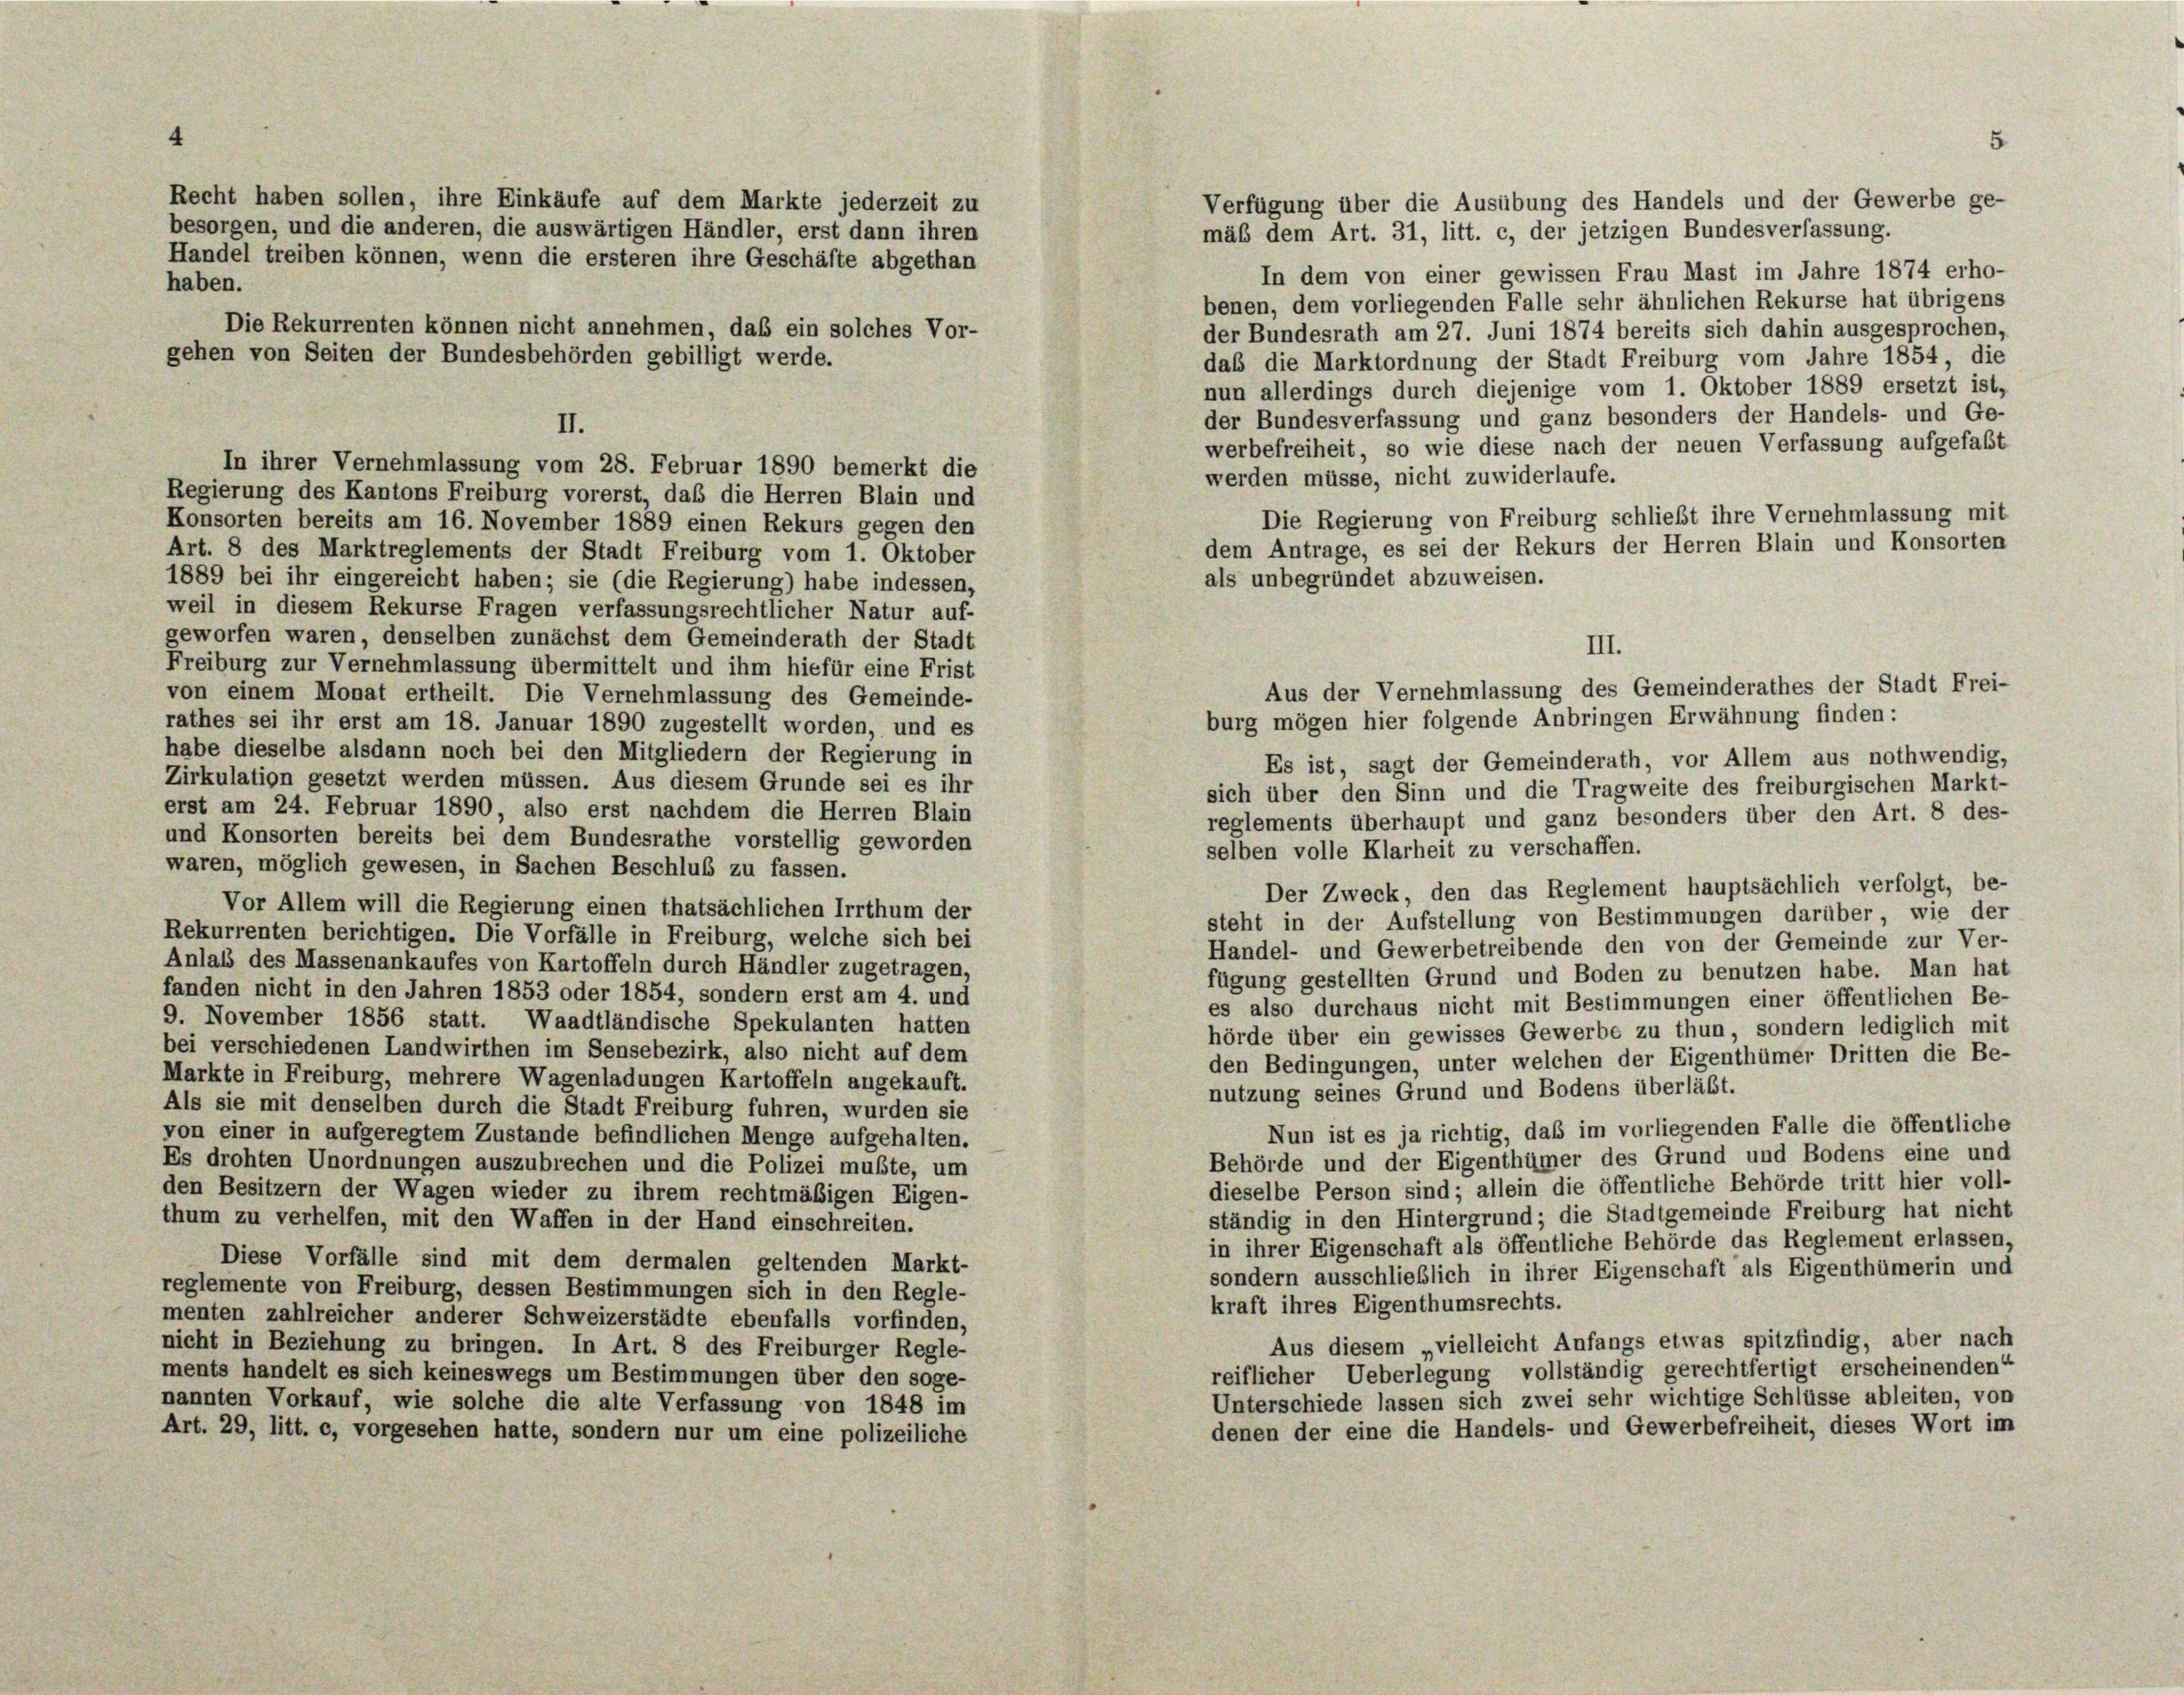
Verfügung über die Ausübung des Handels und der Gewerbe ge-
mäß dem Art. 31, litt. c, der jetzigen Bundesverfassung.
In dem von einer gewissen Frau Mast im Jahre 1874 erho-
benen, dem vorliegenden Falle sehr ähnlichen Rekurse hat übrigens
der Bundesrath am 27. Juni 1874 bereits sich dahin ausgesprochen,
daß die Marktordnung der Stadt Freiburg vom Jahre 1854, die
nun allerdings durch diejenige vom 1. Oktober 1889 ersetzt ist,
der Bundesverfassung und ganz besonders der Handels- und Ge-
II.
werbefreiheit, so wie diese nach der neuen Verfassung aufgefaßt
In ihrer Vernehmlassung vom 28. Februar 1890 bemerkt die
werden müsse, nicht zuwiderlaufe.
Regierung des Kantons Freiburg vorerst, daß die Herren Blain und
Die Regierung von Freiburg schließt ihre Vernehmlassung mit
Konsorten bereits am 16. November 1889 einen Rekurs gegen den
dem Antrage, es sei der Rekurs der Herren Blain und Konsorten
Art. 8 des Marktreglements der Stadt Freiburg vom 1. Oktober
als unbegründet abzuweisen.
1889 bei ihr eingereicht haben; sie (die Regierung) habe indessen,
weil in diesem Rekurse Fragen verfassungsrechtlicher Natur auf-
geworfen waren, denselben zunächst dem Gemeinderath der Stadt
Freiburg zur Vernehmlassung übermittelt und ihm hiefür eine Frist
von einem Monat ertheilt. Die Vernehmlassung des Gemeinde-
burg mögen hier folgende Anbringen Erwähnung finden:
rathes sei ihr erst am 18. Januar 1890 zugestellt worden, und es
habe dieselbe alsdann noch bei den Mitgliedern der Regierung in
Es ist, sagt der Gemeinderath, vor Allem aus nothwendig,
Zirkulation gesetzt werden müssen. Aus diesem Grunde sei es ihr
sich über den Sinn und die Tragweite des freiburgischen Markt-
erst am 24. Februar 1890, also erst nachdem die Herren Blain
reglements überhaupt und ganz besonders über den Art. 8 des-
und Konsorten bereits bei dem Bundesrathe vorstellig geworden
selben volle Klarheit zu verschaffen.
waren, möglich gewesen, in Sachen Beschluß zu fassen.
Der Zweck, den das Reglement hauptsächlich verfolgt, be-
Vor Allem will die Regierung einen thatsächlichen Irrthum der
steht in der Aufstellung von Bestimmungen darüber wie der
Rekurrenten berichtigen. Die Vorfälle in Freiburg, welche sich bei
Handel- und Gewerbetreibende den von der Gemeinde zur Ver-
Anlass des Massenankaufes von Kartoffeln durch Händler zugetragen,
fügung gestellten Grund und Boden zu benutzen habe. Man hat
fanden nicht in den Jahren 1853 oder 1854, sondern erst am 4. und
es also durchaus nicht mit Bestimmungen einer öffentlichen Be-
9. November 1856 statt. Waadtländische Spekulanten hatten
hörde über ein gewisses Gewerbe zu thun, sondern lediglich mit
bei verschiedenen Landwirthen im Sensebezirk, also nicht auf dem
den Bedingungen, unter welchen der Eigenthümer Dritten die Be-
Markte in Freiburg, mehrere Wagenladungen Kartoffeln angekauft.
nutzung seines Grund und Bodens überläßt.
Als sie mit denselben durch die Stadt Freiburg fuhren, wurden sie
Nun ist es ja richtig, daß im vorliegenden Falle die öffentliche
von einer in aufgeregtem Zustande befindlichen Menge aufgehalten.
Behörde und der Eigenthümer des Grund und Bodens eine und
Es drohten Unordnungen auszubrechen und die Polizei mußte, um
dieselbe Person sind; allein die öffentliche Behörde tritt hier voll-
den Besitzern der Wagen wieder zu ihrem rechtmäßigen Eigen-
ständig in den Hintergrund; die Stadtgemeinde Freiburg hat nicht
thum zu verhelfen, mit den Waffen in der Hand einschreiten.
in ihrer Eigenschaft als öffentliche Behörde das Reglement erlassen,
Diese Vorfälle sind mit dem dermalen geltenden Markt-
sondern ausschließlich in ihrer Eigenschaft als Eigenthümerin und
reglemente von Freiburg, dessen Bestimmungen sich in den Regle-
kraft ihres Eigenthumsrechts.
menten zahlreicher anderer Schweizerstädte ebenfalls vorfinden,
Aus diesem „vielleicht Anfangs etwas spitzfindig, aber nach
nicht in Beziehung zu bringen. In Art. 8 des Freiburger Regle-
reiflicher Ueberlegung vollständig gerechtfertigt erscheinenden“
ments handelt es sich keineswegs um Bestimmungen über den soge-
Unterschiede lassen sich zwei sehr wichtige Schlüsse ableiten, von
nannten Vorkauf, wie solche die alte Verfassung von 1848 im
denen der eine die Handels- und Gewerbefreiheit, dieses Wort im
Art. 29, litt. c, vorgesehen hatte, sondern nur um eine polizeiliche

Recht haben sollen, ihre Einkäufe auf dem Markte jederzeit zu
besorgen, und die anderen, die auswärtigen Händler, erst dann ihren
Handel treiben können, wenn die ersteren ihre Geschäfte abgethan
haben.
Die Rekurrenten können nicht annehmen, daß ein solches Vor-
gehen von Seiten der Bundesbehörden gebilligt werde.

III.
Aus der Vernehmlassung des Gemeinderathes der Stadt Frei-

5